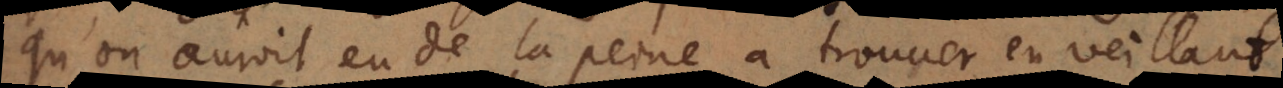
qu’on auroit eu de la peine à trouver en veillant.